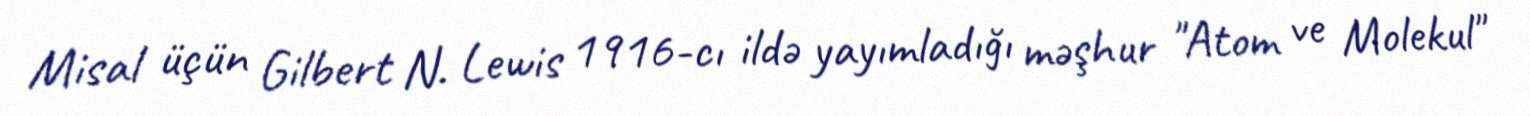
Misal üçün Gilbert N. Lewis 1916-cı ildə yayımladığı məşhur "Atom ve Molekul"